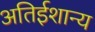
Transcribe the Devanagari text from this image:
अतिईशान्य